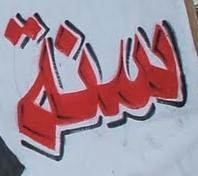
سنة